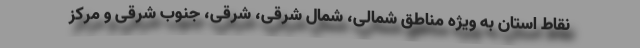
نقاط استان به ویژه مناطق شمالی، شمال شرقی، شرقی، جنوب شرقی و مرکز